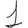
Digit: 1